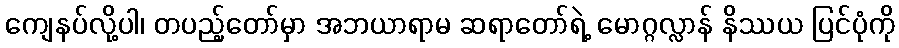
ကျေနပ်လို့ပါ၊ တပည့်တော်မှာ အဘယာရာမ ဆရာတော်ရဲ့ မောဂ္ဂလ္လာန် နိဿယ ပြင်ပုံကို